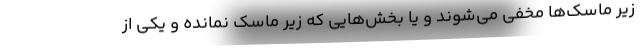
زیر ماسک‌ها مخفی می‌شوند و یا بخش‌هایی که زیر ماسک نمانده و یکی از